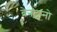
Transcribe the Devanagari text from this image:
ब्रेनटानो